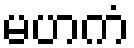
မဟကံ